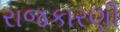
રાજકારણી